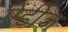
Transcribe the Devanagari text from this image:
ऐंडीज